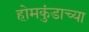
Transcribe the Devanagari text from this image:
होमकुंडाच्या